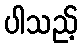
ပါသည့်